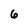
Character: 6